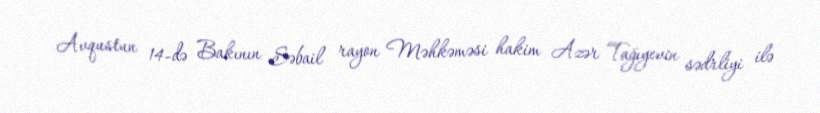
Avqustun 14-də Bakının Səbail rayon Məhkəməsi hakim Azər Tağıyevin sədrliyi ilə